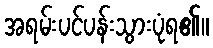
အရမ်းပင်ပန်းသွားပုံရ၏။